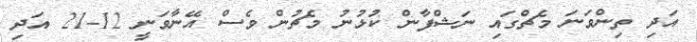
އަދި ތިންވަނަ މެޗްގައި ނަޝްފާން ކުޅުނު މެޗުން ވެސް އޭނާވަނީ 12-21 އަދި